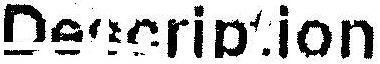
DESCRIPTION